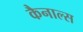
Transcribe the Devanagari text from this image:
कैनाल्स